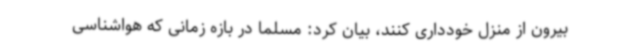
بیرون از منزل خودداری کنند، بیان کرد: مسلما در بازه زمانی که هواشناسی